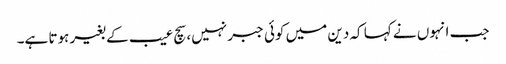
جب انہوں نے کہا کہ دین میں کوئی جبر نہیں، سچ عیب کے بغیر ہوتا ہے۔